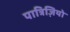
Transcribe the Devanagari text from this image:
पात्रिज़ियो